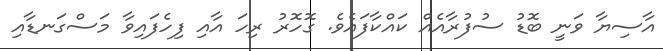
އާސިޔާ ވަނީ ބޮޑު ސުފުރާއެއް ކައްކާފައެވެ. ގޮހޮރު ރިހަ އާއި ފިހެފައިވާ މަސްގަނޑާއި